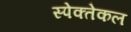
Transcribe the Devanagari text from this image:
स्पेक्तेकल